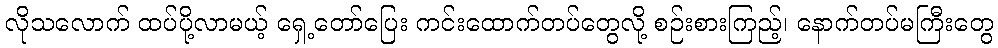
လိုသလောက် ထပ်ပို့လာမယ့် ရှေ့တော်ပြေး ကင်းထောက်တပ်တွေလို့ စဉ်းစားကြည့်၊ နောက်တပ်မကြီးတွေ